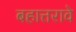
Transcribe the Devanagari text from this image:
बहात्तरावे